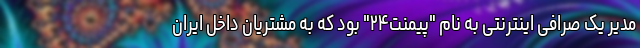
مدیر یک صرافی اینترنتی به نام "پیمنت۲۴" بود که به مشتریان داخل ایران